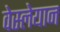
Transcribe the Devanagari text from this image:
वेस्लेयान